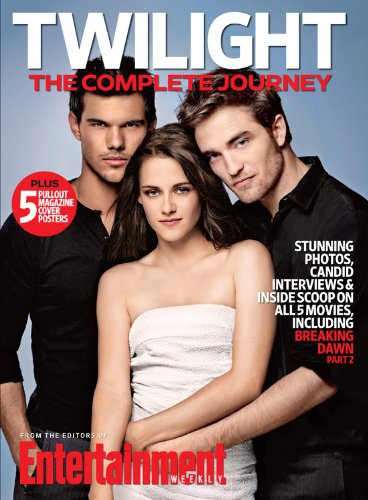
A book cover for ENTERTAINMENT WEEKLY Twilight: The Complete Journey; Editors of Entertainment Weekly; Teen & Young Adult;